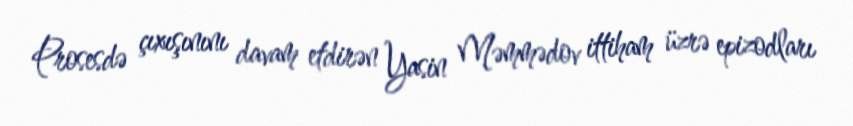
Prosesdə çıxışınını davam etdirən Yasin Məmmədov ittiham üzrə epizodları